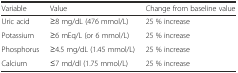
| Variable | Value | Change from baseline value |
 | --- | --- | --- |
 | Uric acid | ≥8 mg/dL (476 mmol/L) | 25 % increase |
 | Potassium | ≥6 mEq/L (or 6 mmol/L) | 25 % increase |
 | Phosphorus | ≥4.5 mg/dL (1.45 mmol/L) | 25 % increase |
 | Calcium | ≤7 md/dl (1.75 mmol/L) | 25 % increase |